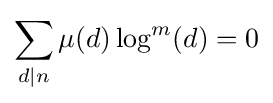
\sum _{d\mid n}\mu (d)\log ^{m}(d)=0